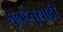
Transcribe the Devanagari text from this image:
मुलहेतुसाठी